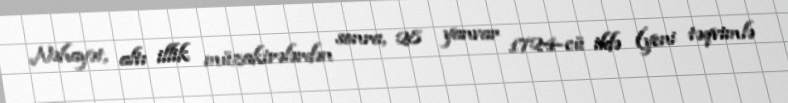
Nəhayət, altı illik müzakirələrdən sonra, 28 yanvar 1724-cü ildə (yeni təqvimlə